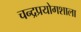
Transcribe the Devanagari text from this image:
चन्द्रप्रयोगशाला